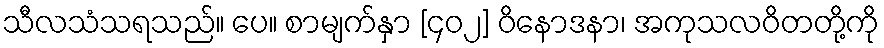
သီလသံသရသည်။ ပေ။ စာမျက်နှာ [၄၀၂] ဝိနောဒနာ၊ အကုသလဝိတတို့ကို